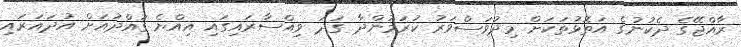
ރާއްޖޭގެ ދެކުނުގެ އަތޮޅުތަކަށް މިދުވަސްވަރު ކުރަމުންދާ ގަދަ ވިއްސާރައިގައި އިއްޔެ ގައްދުއަށް އުދައަރައި